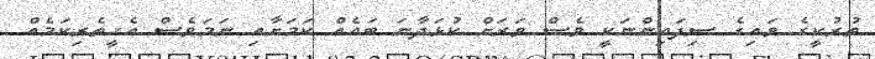
ތުރުކީގެ ވައިގެ ސިފައިންނަކީ ވެސް ވަރަށް ކުޅަދާނަ ބައެއް ކަމަށާއި ނަމަވެސް އެހީތެރިކަމެއް